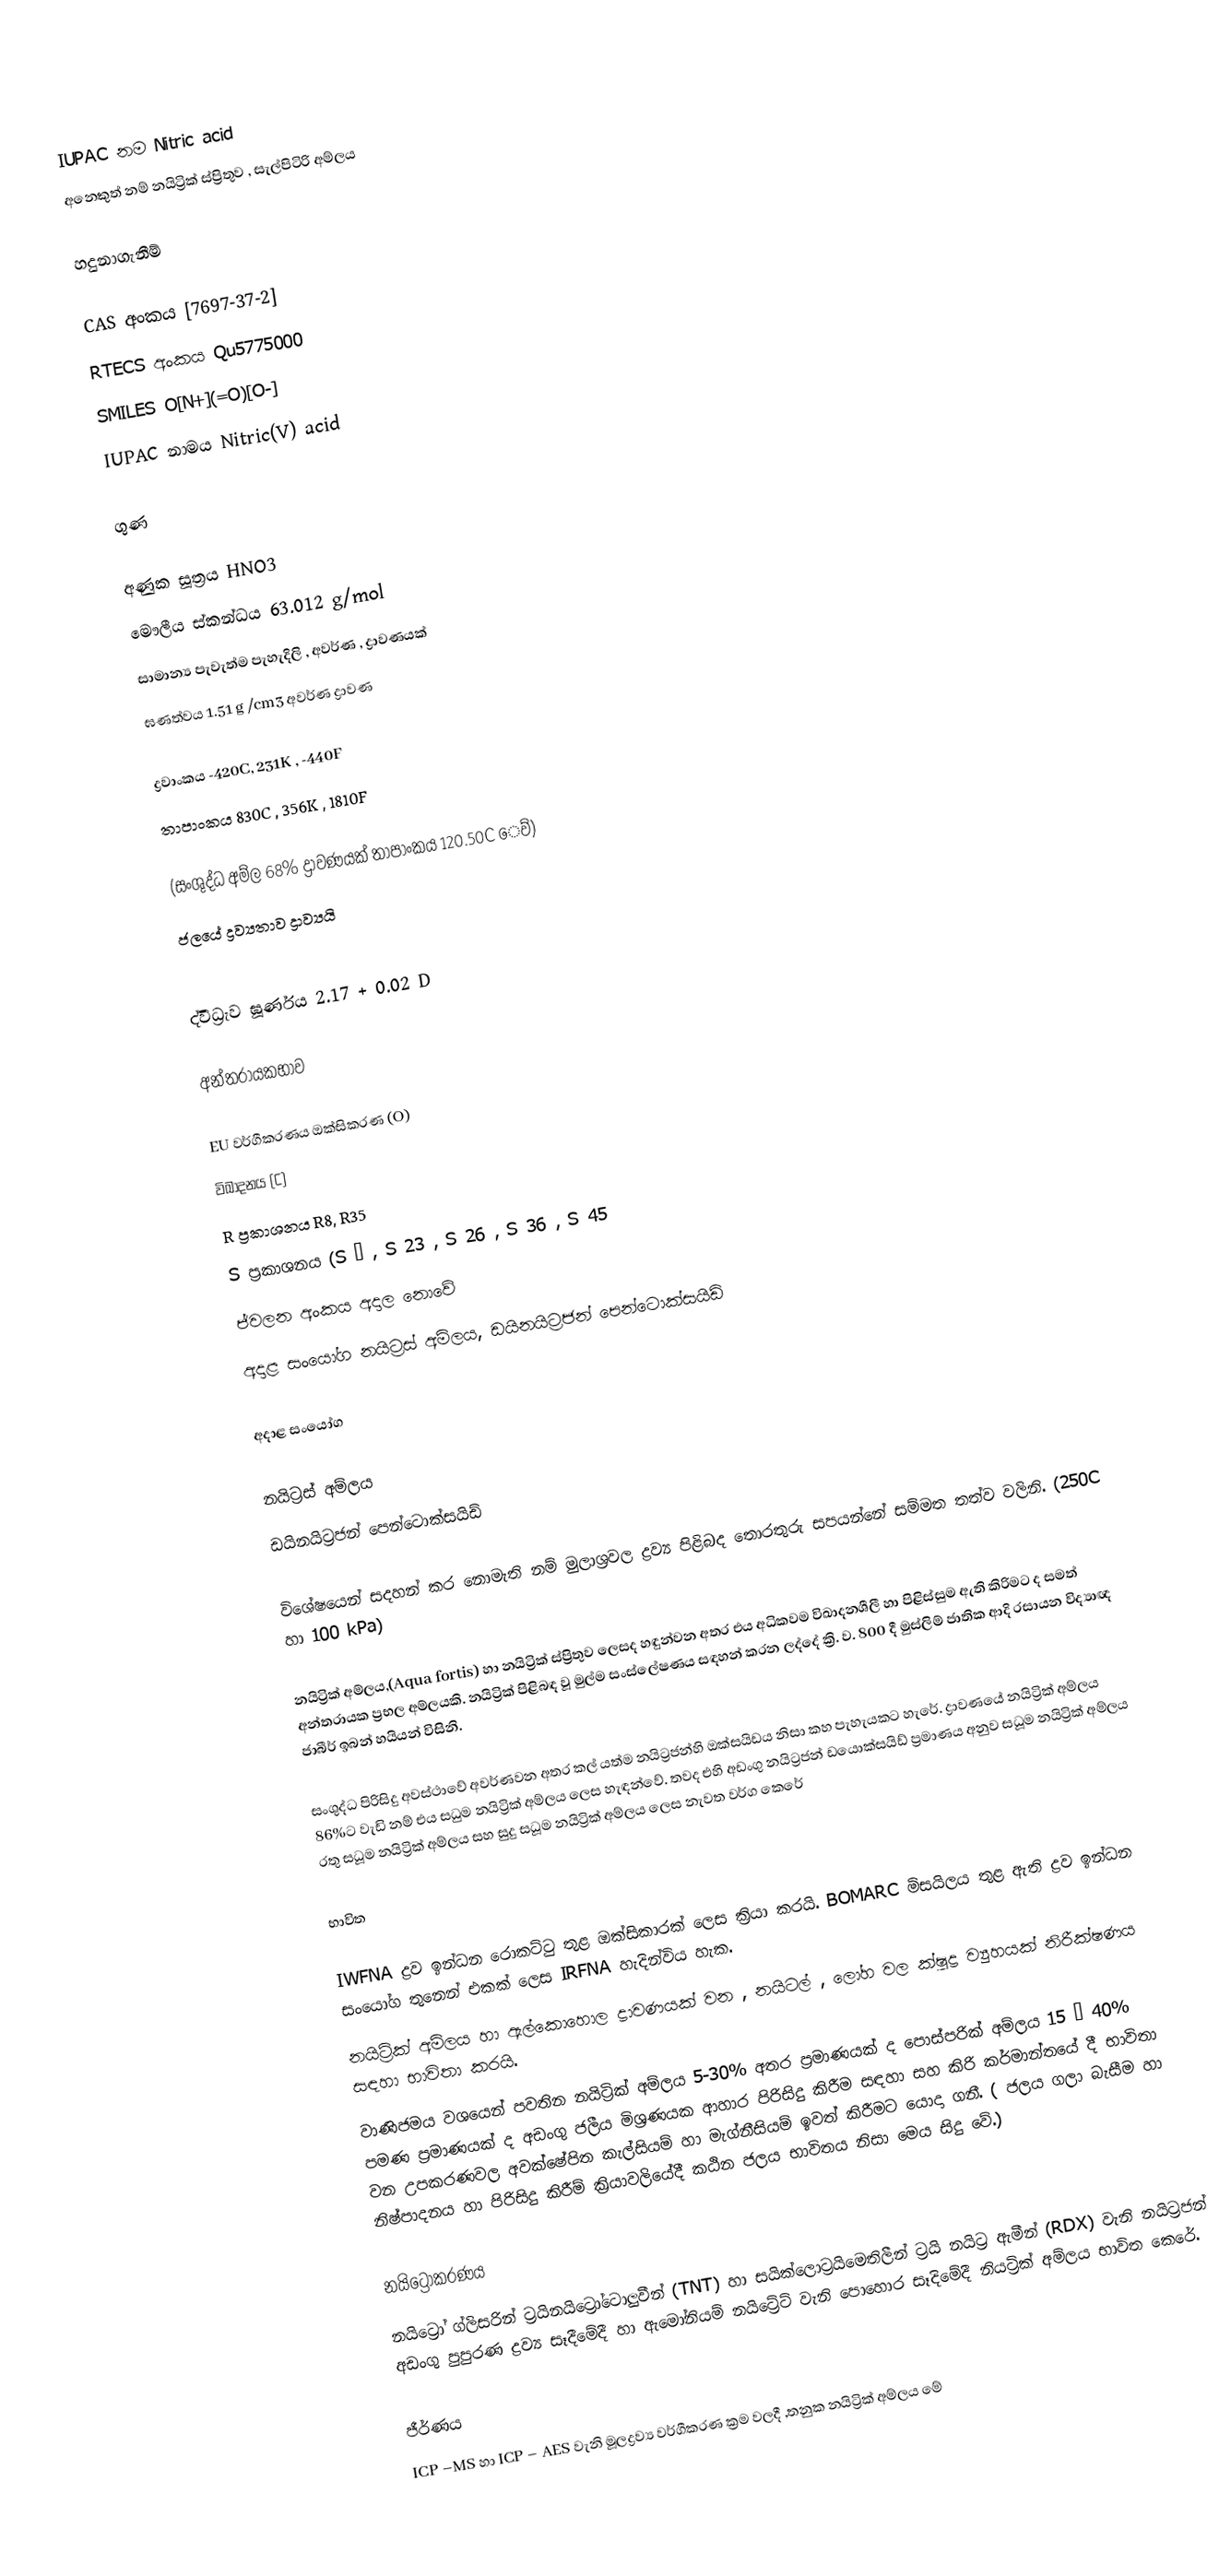
IUPAC නම	Nitric acid
අනෙකුත් නම්	නයිට්‍රික් ස්ප්‍රිතුව , සැල්පිටිරි අම්ලය

හදුනාගැනීම්

CAS අංකය 	[7697-37-2]
RTECS  අංකය	Qu5775000
SMILES	  O[N+](=O)[O-]
IUPAC නාමය Nitric(V) acid

ගුණ

අණුක සූත්‍රය	HNO3
මෞලීය ස්කන්ධය	63.012 g/mol
සාමාන්‍ය පැවැත්ම	පැහැදිලි , අවර්ණ , ද්‍රාවණයක්
ඝණත්වය	1.51 g /cm3 අවර්ණ ද්‍රාවණ

ද්‍රවාංකය	-420C, 231K , -440F
තාපාංකය	830C , 356K , 1810F

(සංශුද්ධ අම්ල 68% ද්‍රාවණයක් තාපාංකය 120.50C ‍ෙව්)
ජලයේ ද්‍රව්‍යතාව	ද්‍රාව්‍යයි

ද්වීධ්‍රැව ඝූර්ණය 	2.17 + 0.02 D

අන්තරායකභාව

EU වර්ගීකරණය	ඔක්සිකරණ (O)
විඛාදනය  (C)
R ප්‍රකාශනය 	R8, R35
S ප්‍රකාශනය	(S ½ , S 23 , S 26 , S 36 , S 45
ජ්වලන අංකය	අදාල නොවේ
අදාළ සංයෝග	නයිට්‍රස් අම්ලය, ඩයිනයි‍ට්‍රජන් පෙන්ටොක්සයිඩ්

අදාළ සංයෝග

 නයිට්‍රස් අම්ලය
 ඩයිනයි‍ට්‍රජන් පෙන්ටොක්සයිඩ්

විශේෂයෙන් සදහන් කර නොමැති නම් මුලාශ්‍රවල ද්‍රව්‍ය පිළිබද තොරතුරු සපයන්නේ සම්මත තත්ව වලිනි. (250C  හා 100 kPa)

නයිට්‍රික් අම්ලය,(Aqua fortis) හා නයිට්‍රික් ස්ප්‍රිතුව ලෙසද හඳුන්වන අතර එය අධිකවම විඛාදනශීලී හා පිළිස්සුම ඇති කිරිමට ද සමත් අන්තරායක ප්‍රභල අම්ලයකි. නයිට්‍රික් පිළිබඳ වූ මුල්ම  සංස්ලේෂණය සඳහන් ‍කරන ලද්දේ ක්‍රි. ව. 800 දී මුස්ලිම් ජාතික ආදි රසායන විද්‍යාඥ ජාබීර් ඉබන් හයියන් විසිනි.

සංශුද්ධ පිරිසිදු අවස්ථාවේ අවර්ණවන අතර කල් යත්ම නයිට්‍රජන්හි ඔක්සයිඩය නිසා කහ පැහැයකට හ‍ැරේ. ද්‍රාවණයේ නයිට්‍රික් අම්ලය 86%ට වැඩි නම් එය සධුම නයිට්‍රික් අම්ලය ලෙස හැඳන්වේ. තවද එහි අඩංගු නයි‍ට්‍රජන් ඩයොක්සයිඩ් ප්‍රමාණය අනුව සධූම නයිට්‍රික් අම්ලය රතු සධූම නයිට්‍රික් අම්ලය සහ සුදු සධූම නයිට්‍රික් අම්ලය ලෙස නැවත වර්ග කෙරේ

භාවිත

IWFNA  ද්‍රව ඉන්ධන රොකට්ටු තුළ ඔක්සිකාරක් ලෙස ක්‍රියා කරයි. BOMARC  මිසයිලය තුළ ඇති  ද්‍රව ඉන්ධන සංයෝග තුනෙන් එකක් ලෙස IRFNA  හැදින්විය හැක.
නයිට්‍රික් අම්ලය හා ඇල්කොහොල ද්‍රාවණයක් වන , නයිටල් , ලෝහ වල ක්ෂුද්‍ර  ව්‍යුහයක් නිරීක්ෂණය සඳහා භාවිතා කරයි.
වාණිජමය වශයෙන් පවතින  නයිට්‍රික් අම්ලය 5-30% අතර ප්‍රමාණයක් ද පොස්පරික් අම්ලය 15 – 40% පමණ ප්‍රමාණයක් ද අඩංගු ජලීය මිශ්‍රණයක ආහාර පිරිසිදු කිරීම සඳහා සහ කිරි කර්මාන්තයේ දී භාවිතා වන උපකරණවල අවක්ෂේපිත කැල්සියම් හා මැග්නීසියම් ඉවත් කිරීමට යොදා ගනී. ( ජලය ගලා බැසීම හා නිෂ්පාදනය හා පිරිසිදු කිරීම් ක්‍රියාවලියේදී කඨින ජලය භාවිතය නිසා මෙය සිදු වේ.)

නයිට්‍රෝකරණය
නයිට්‍රෝ ග්ලිසරින් ට්‍රයිනයිට්‍රෝටොලුවීන් (TNT)  හා සයික්ලොට්‍රයිමෙතිලීන් ට්‍රයි නයිට්‍ර ඇමීන් (RDX)  වැනි නයි‍ට්‍රජන් අඩංගු පුපුරණ ද්‍රව්‍ය සෑදීමේදී හා ඇමෝනියම් නයිට්‍රේට් වැනි පොහොර සෑදිමේදී නියට්‍රික් අම්ලය භාවිත කෙරේ.

ජීර්ණය
ICP –MS  හා ICP – AES  වැනි මූලද්‍රව්‍ය වර්ගීකරණ ක්‍රම වලදී ,තනුක  නයිට්‍රික් අම්ලය මේ